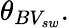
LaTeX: \theta_{BV_{sw}}.